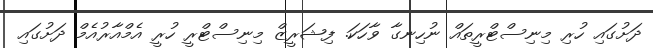
ދަށުގައި ހުރި މިނިސްޓްރީތައް ނުހިނގާ ވާހަކަ. ފިޝަރީޒް މިނިސްޓްރީ ހުރީ އެމްއާރުއެމް ދަށުގައި